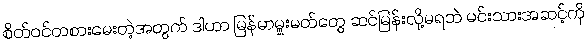
စိတ်ဝင်တစားမေးတဲ့အတွက် ဒါဟာ မြန်မာမှူးမတ်တွေ ဆင်မြန်းလို့မရဘဲ မင်းသားအဆင့်ကို